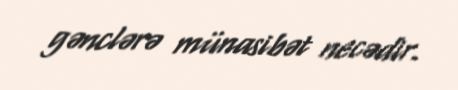
gənclərə münasibət necədir.